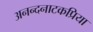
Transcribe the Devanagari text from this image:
अनन्दनाटकप्रिया